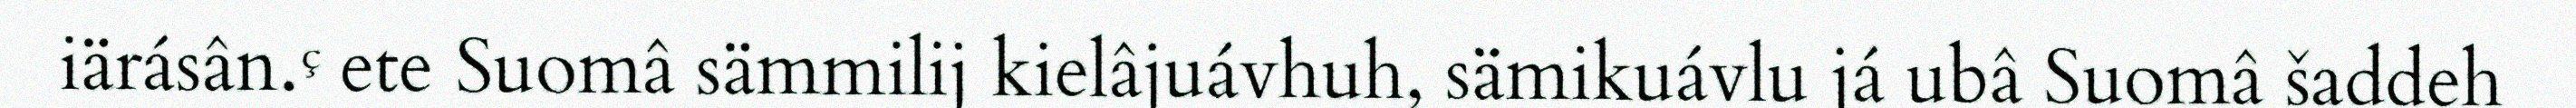
iärásân.  ete Suomâ sämmilij kielâjuávhuh, sämikuávlu já ubâ Suomâ šaddeh